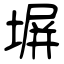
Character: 塀